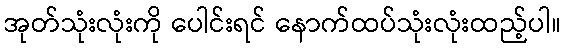
အုတ်သုံးလုံးကို ပေါင်းရင် နောက်ထပ်သုံးလုံးထည့်ပါ။